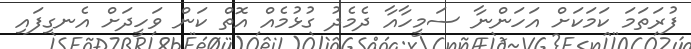
ފުރަތަމަ ކަމަކަށް އަހަންނާ ސަމީހާއާ ދެމެދު ގުޅުމެއް އޮތް ކަން ވަހީދަށް އެނގިފައި